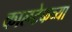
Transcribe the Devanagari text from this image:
कालटेकच्या